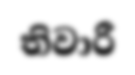
තිවාරී